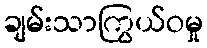
ချမ်းသာကြွယ်ဝမှု